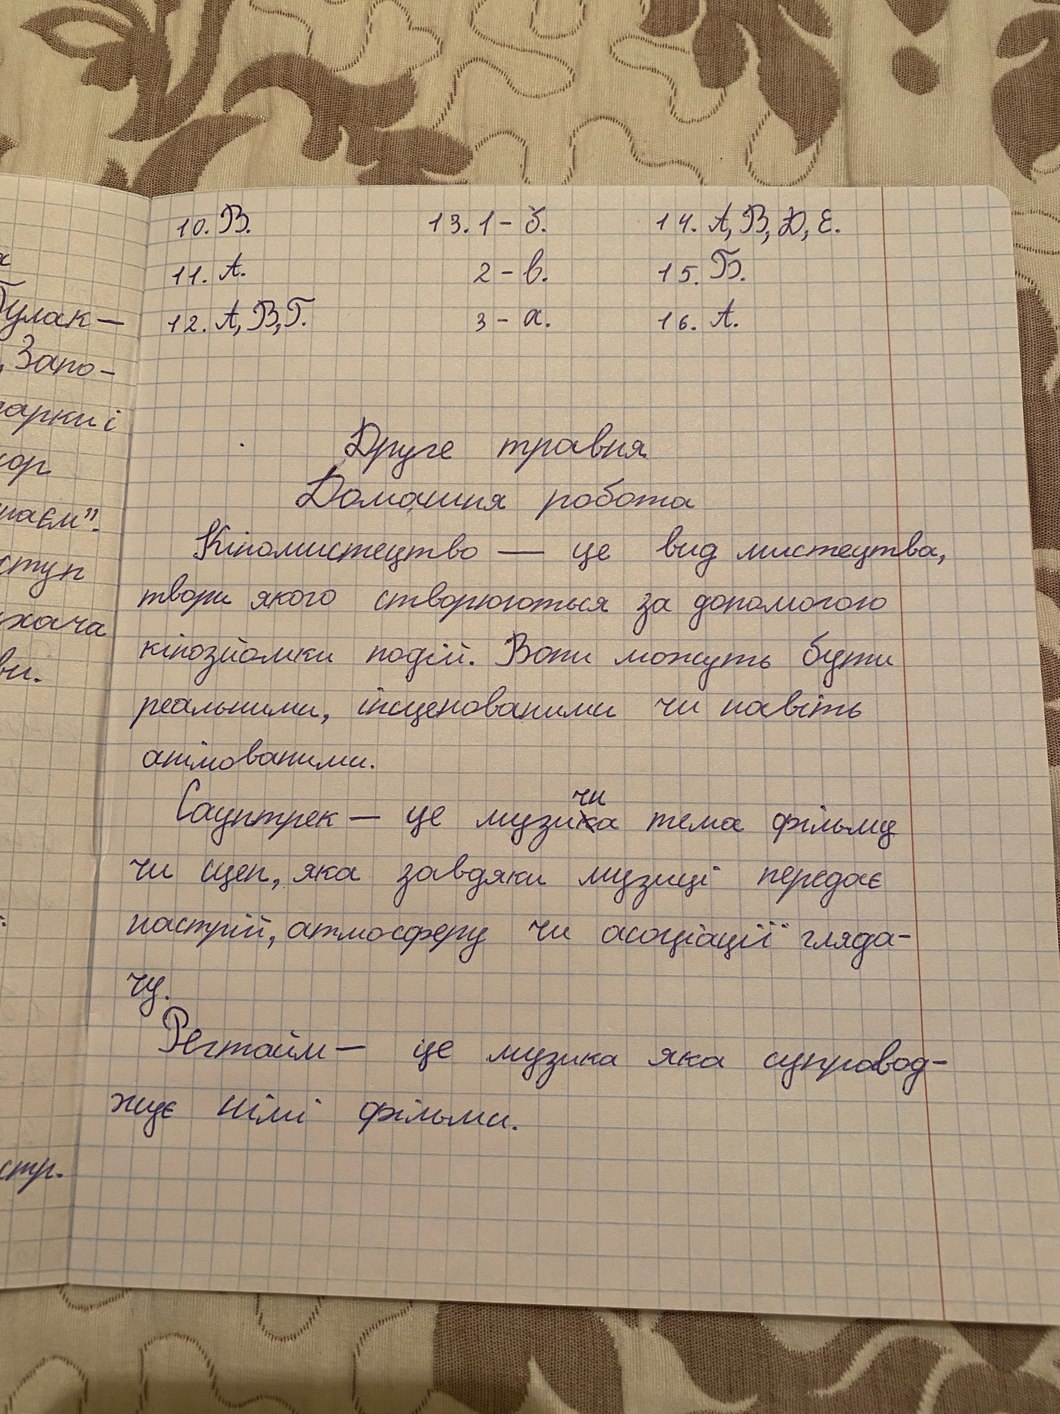
13. 1 - б.
14. А, В, Д, Е.
10. В.
15. Б.
2 - в.
11. А.
булак -
12. А, В, Г.
16. А.
3 - а.
Запо -
арки і
Друге травня
Домашня робота
аєм".
Кіномистецтво — це вид мистецтва,
ступ
твори якого створюються за допомогою
хача
кінозйомки подій. Вони можуть бути
реальними, інсценованими чи навіть
анімованими.
Саундтрек - це музи~~к~~{чн}а чи тема фільму
чи сцен, яка завдяки музиці передає
настрій, атмосферу чи асоціації гляда-
чу.
Регтайм - це музика яка супровод-
жує німі фильмы.